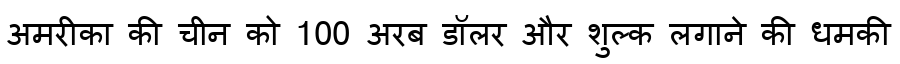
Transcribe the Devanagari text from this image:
अमरीका की चीन को 100 अरब डॉलर और शुल्क लगाने की धमकी